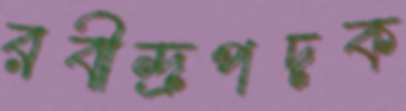
রবীন্দ্রপদক